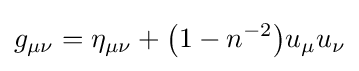
g_{\mu \nu }=\eta _{\mu \nu }+{\big (}1-n^{-2}{\big )}u_{\mu }u_{\nu }